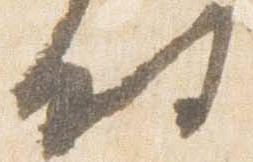
時